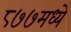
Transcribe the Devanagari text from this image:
८७७मध्ये